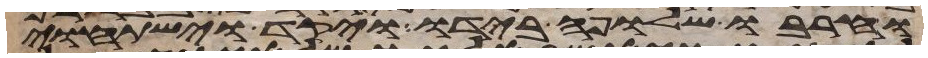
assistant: וחרבו שלופה בידו ויקד וישתחוי